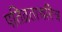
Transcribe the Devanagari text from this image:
पतिव्रताचरित्र